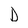
Character: D